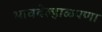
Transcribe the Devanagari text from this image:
भाववेल्हाळपणा